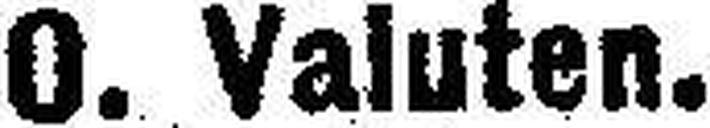
O. Valuten.